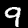
Digit: 9